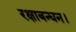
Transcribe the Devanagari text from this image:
रक्षाबन्धन।